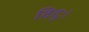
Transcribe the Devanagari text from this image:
विदुः।